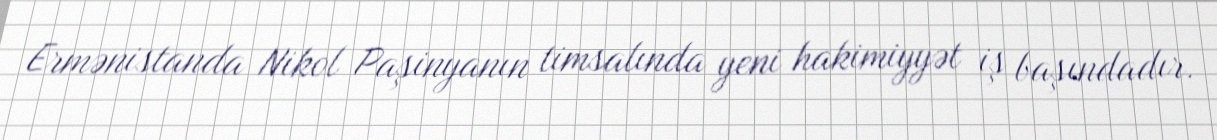
Ermənistanda Nikol Paşinyanın timsalında yeni hakimiyyət iş başındadır.